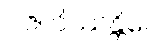
ပဇဟိဿန္တိပေ